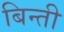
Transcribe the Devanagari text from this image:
बिन्ती